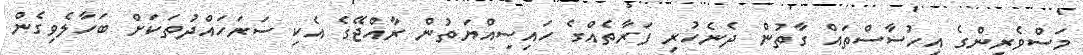
މަސްވެރިންގެ އިހުސާސްތައް ގާތުން ދެނެހުރި ފަރާތެއްގެ ހައިސިއްޔަތުން ރާއްޖޭގެ އެކި ސަރަހައްދުތަކަށް ބަހާލެވިގެން